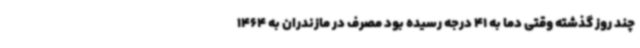
چند روز گذشته وقتی دما به 41 درجه رسیده بود مصرف در مازندران به 1464